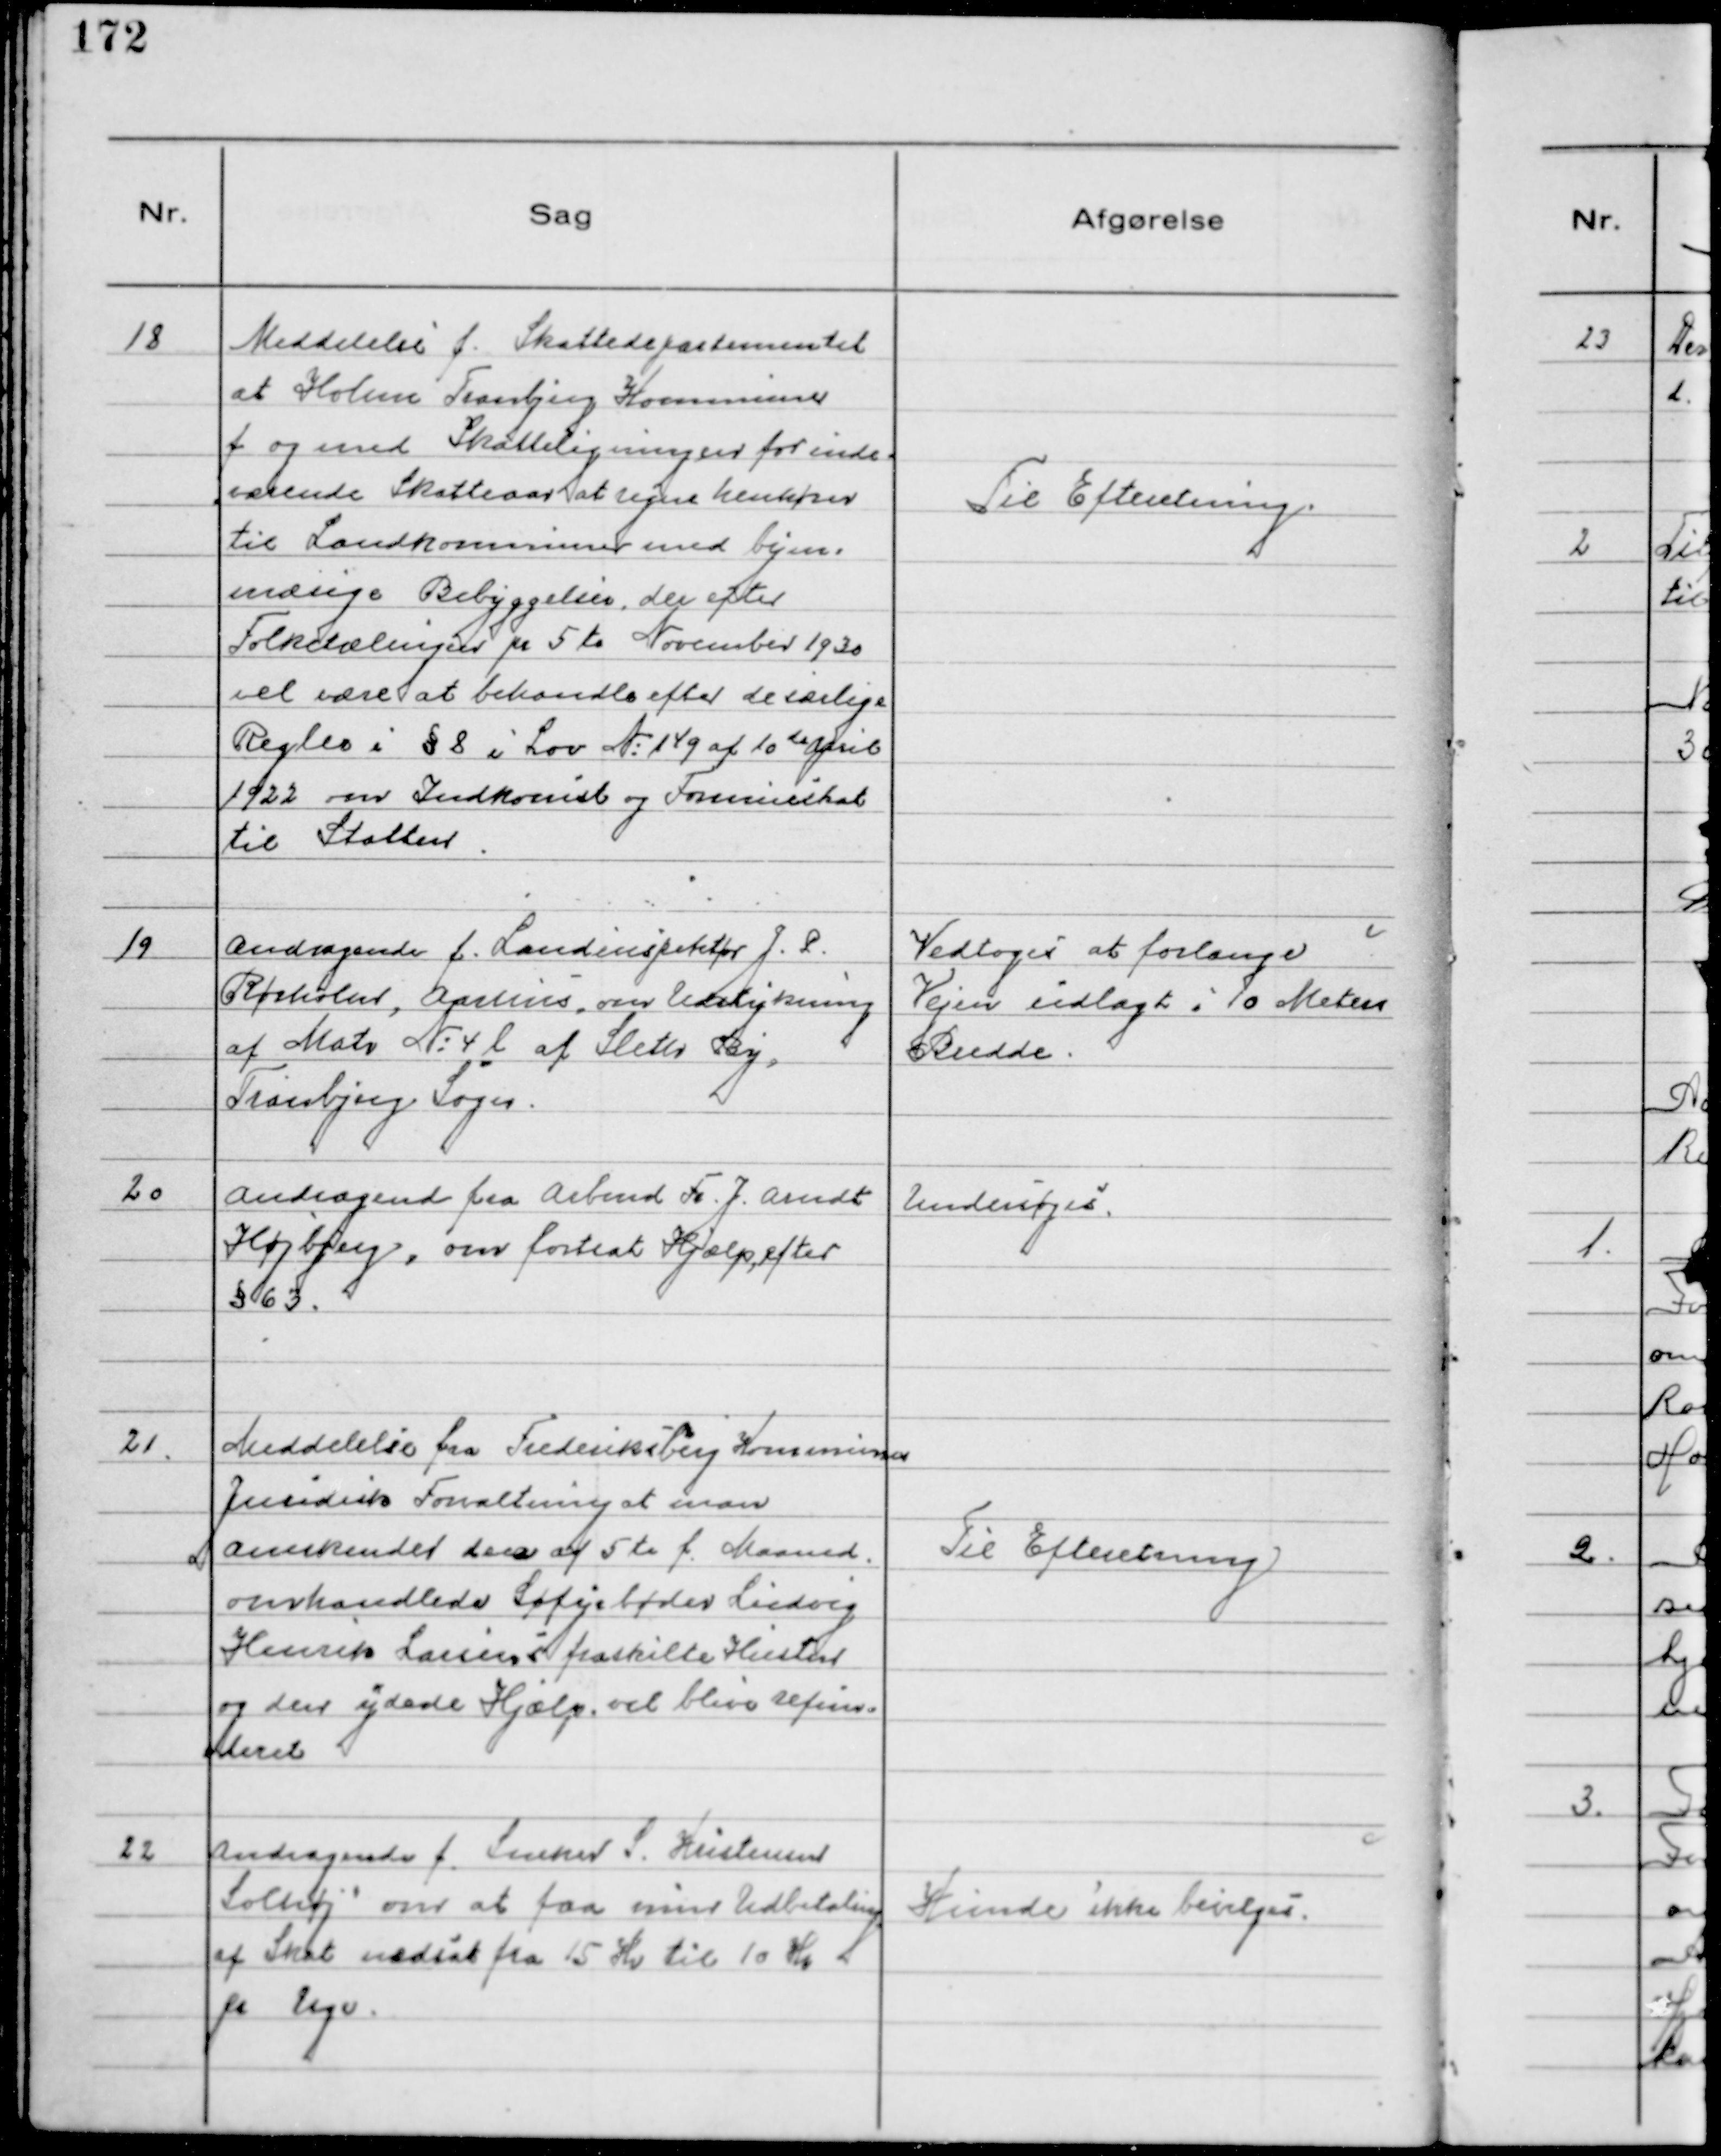
Transskription:
18
Meddelelse f. Skattedepartementet
at Holme Tranbjerg Kommune
f og med Skatteligningen for inde-
værende Skatteaar at regne henhører
til Landkommissionen med bym-
mæsige Bebyggelser, der efter
Folketællingen pr 5te November 1930
vil være at behandle efter de særlige
Regler i § 8 i Lov №14g af 10de April
1922 om Indkomst og Formueskat
til Statten.

Til Efteretning.

19
Andragende f. Landinspektør J.P.
Rørholm, Aarhus, om Udstykning
af Matr № 4 l af Sleth By,
Tranbjerg Sogn.

Vedtoges at forlange
Vejen udlagt i 10 Meters
Bredde.

20
Andragende fra Arbmd Fr. J. Arndt
Højbjerg, om fortsat Hjælp efter
§ 63.

Undersøges

21.
Meddelelse fra Frederiksberg Kommunes
Juridisk Forvaltning at man
anerkender den af 5te f. Maaned
omhandlede Søfyrbøder Ludvig
Henrik Larsens fraskilte Hustru
og den ydede Hjælp vil blive refun-
deret

Til Efteretning

22
Andragende f. Sneker S. Kristensen
Solhøj om at faa min Udbetaling
af Skat nedsat fra 15 Kr til 10 Kr
pr. Uge.

Kunde ikke bevilges.